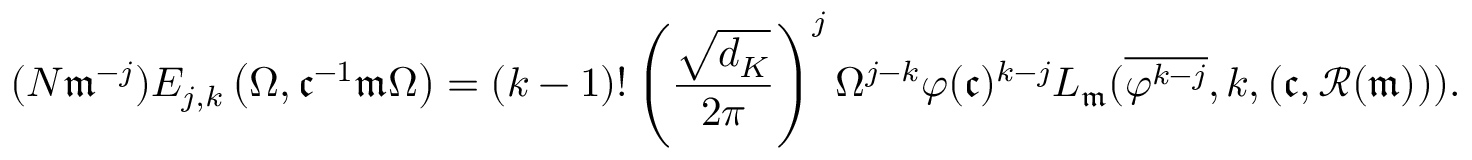
( N \mathfrak m ^ { - j } ) E _ { j , k } \left( \Omega , \mathfrak c ^ { - 1 } \mathfrak m \Omega \right) = ( k - 1 ) ! \left( \frac { \sqrt { d _ { K } } } { 2 \pi } \right) ^ { j } \Omega ^ { j - k } \varphi ( \mathfrak c ) ^ { k - j } L _ { \mathfrak m } ( \overline { { \varphi ^ { k - j } } } , k , ( \mathfrak c , \mathscr { R } ( \mathfrak m ) ) ) .